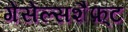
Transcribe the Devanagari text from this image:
गेसेल्सशैफ़्ट